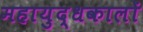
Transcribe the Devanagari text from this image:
महायुद्धकालों